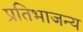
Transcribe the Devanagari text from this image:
प्रतिभाजन्य